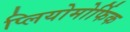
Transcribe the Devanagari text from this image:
प्लियोमोर्फिक